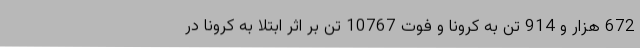
672 هزار و 914 تن به کرونا و فوت 10767 تن بر اثر ابتلا به کرونا در